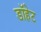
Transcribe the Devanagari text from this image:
डॉहेट